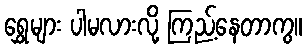
ရွှေများ ပါမလားလို့ ကြည့်နေတာကွ။